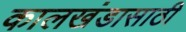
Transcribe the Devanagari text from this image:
कालखंडासाठी